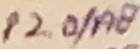
Text: P2.0/A8